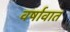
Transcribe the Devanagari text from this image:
वर्षावात